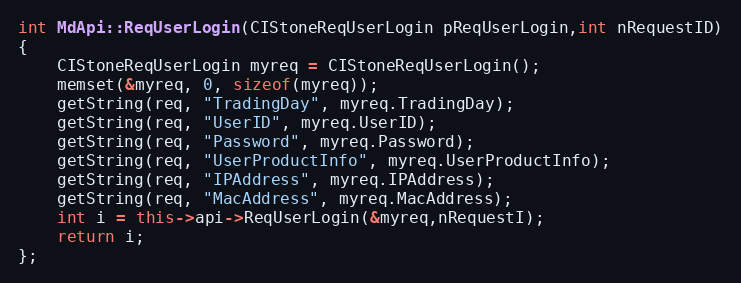
Language: C++
int MdApi::ReqUserLogin(CIStoneReqUserLogin pReqUserLogin,int nRequestID)
{
	CIStoneReqUserLogin myreq = CIStoneReqUserLogin();
	memset(&myreq, 0, sizeof(myreq));
	getString(req, "TradingDay", myreq.TradingDay);
	getString(req, "UserID", myreq.UserID);
	getString(req, "Password", myreq.Password);
	getString(req, "UserProductInfo", myreq.UserProductInfo);
	getString(req, "IPAddress", myreq.IPAddress);
	getString(req, "MacAddress", myreq.MacAddress);
	int i = this->api->ReqUserLogin(&myreq,nRequestI);
	return i;
};